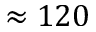
\approx 1 2 0